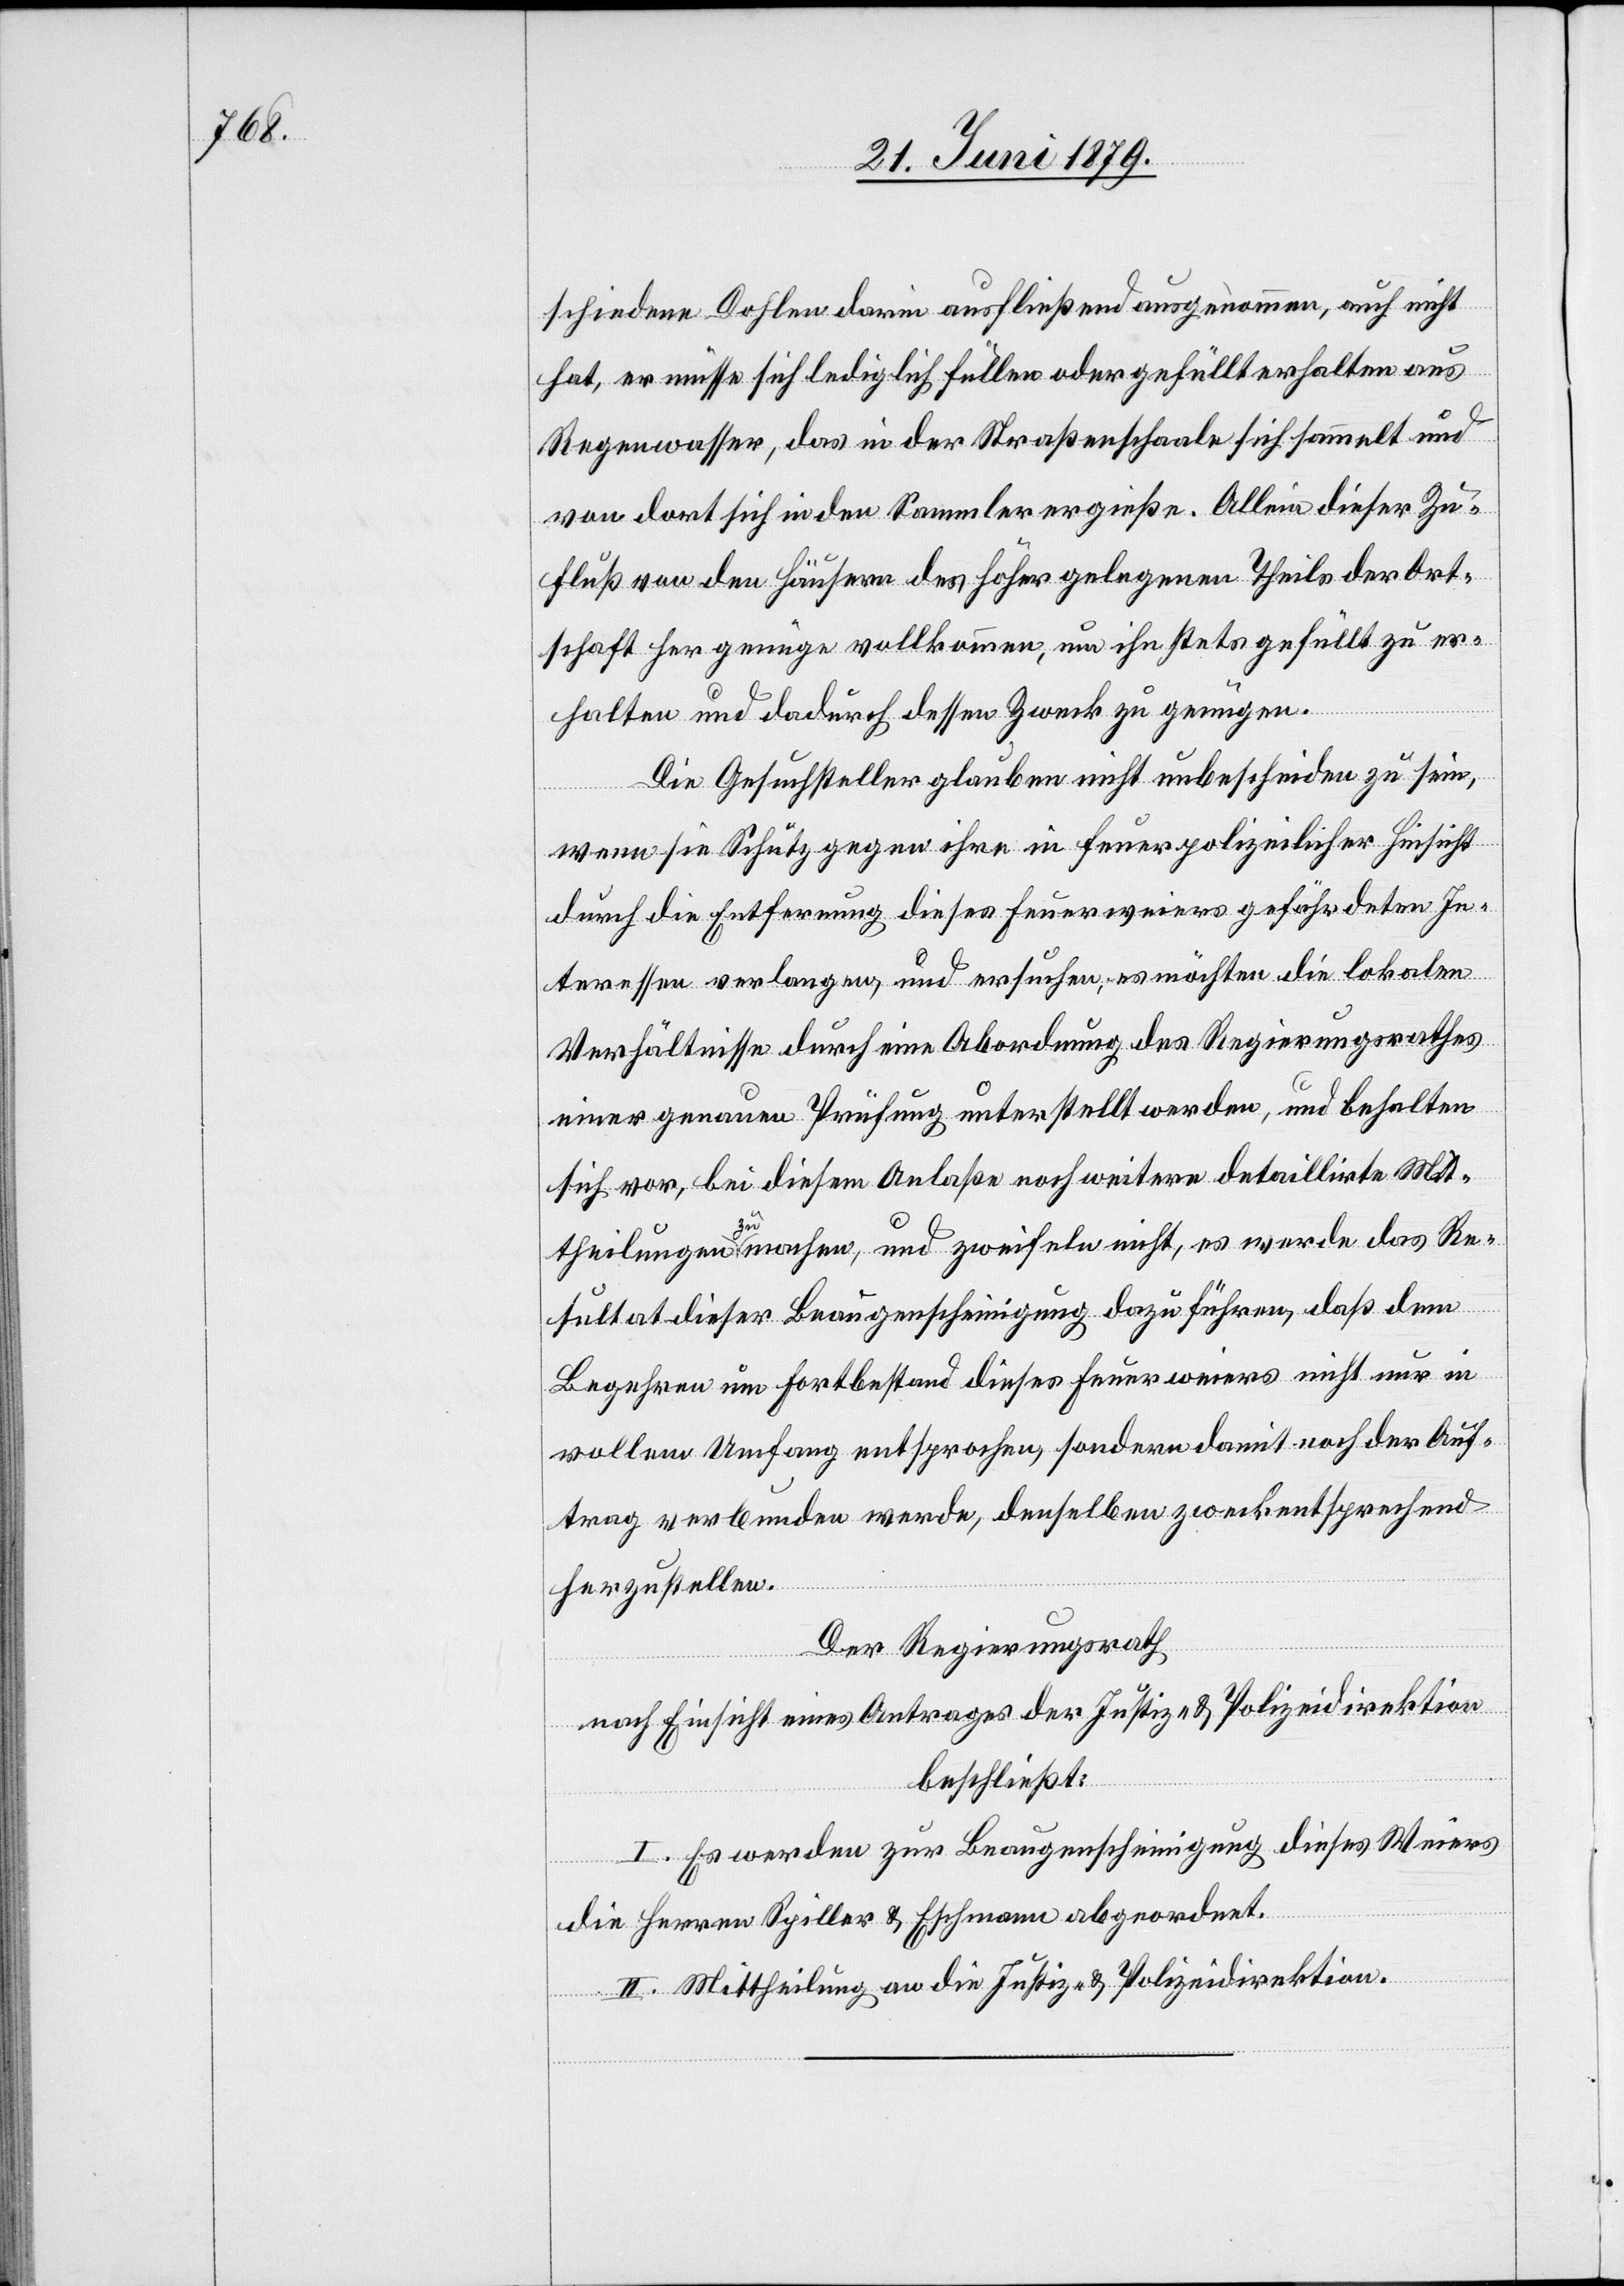
schiedene Dohlen darin ausfließend ausgenommen, auch nicht
hat, er müsse sich lediglich füllen oder gefüllt erhalten aus
Regenwasser, das in der Straßenschaale sich sammelt und
von dort sich in den Sammler ergieße. Allein dieser Zu¬
fluß von den Häusern des höher gelegenen Theils der Ort¬
schaft her genüge vollkommen, um ihn stets gefüllt zu er¬
halten und dadurch dessen Zweck zu genügen.
Die Gesuchsteller glauben nicht unbescheiden zu sein,
wenn sie Schutz gegen ihre in feuerpolizeilicher Hinsicht
durch die Entfernung dieses Feuerweiers gefährdeten In¬
teressen verlangen, und ersuchen, es möchten die lokalen
Verhältnisse durch eine Abordnung des Regierungsrathes
einer genauen Prüfung unterstellt werden, und behalten
sich vor, bei diesem Anlaße noch weitere detaillirte Mit¬
theilungen zu machen, und zweifeln nicht, es werde das Re¬
sultat dieser Beaugenscheinigung dazu führen, daß dem
Begehren um Fortbestand dieses Feuerweiers nicht nur in
vollem Umfang entsprochen, sondern damit noch der Auf¬
trag verbunden werde, denselben zweckentsprechend
herzustellen.
Der Regierungsrath
nach Einsicht eines Antrages der Justiz- & Polizeidirektion
beschließt:
I. Es werden zur Beaugenscheinigung dieses Weiers
die Herren Spiller & Eschmann abgeordnet.
II. Mittheilung an die Justiz- & Polizeidirektion.